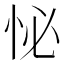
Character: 怭